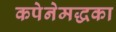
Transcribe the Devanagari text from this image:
कपेनेमद्धका